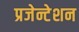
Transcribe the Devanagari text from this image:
प्रजेन्टेशन